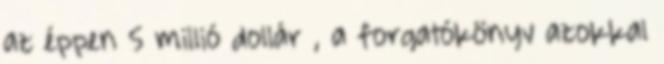
az éppen 5 millió dollár , a forgatókönyv azokkal